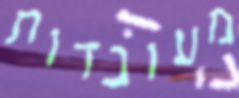
מעובדות